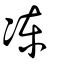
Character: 凍